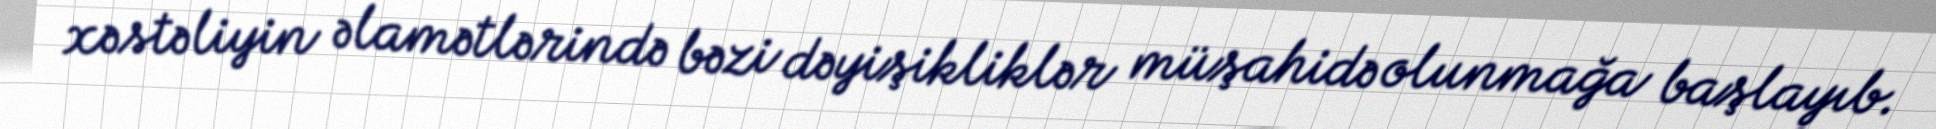
xəstəliyin əlamətlərində bəzi dəyişikliklər müşahidə olunmağa başlayıb.